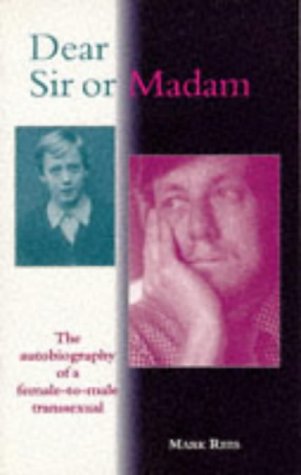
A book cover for Dear Sir or Madam: The Autobiography of a Female-To-Male Transsexual (Sexual politics); Mark Rees; Gay & Lesbian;